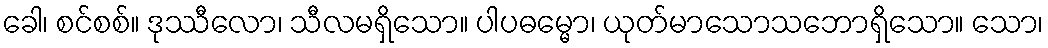
ခေါ၊ စင်စစ်။ ဒုဿီလော၊ သီလမရှိသော။ ပါပဓမ္မော၊ ယုတ်မာသောသဘောရှိသော။ သော၊